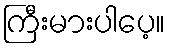
ကြီးမားပါပေ့။